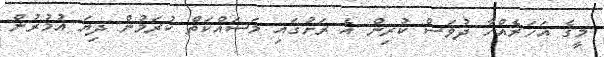
މީގެ އަހަރެއްހާ ދުވަސް ކުރިން އެ ރަށުގައި މަސައްކަތް ކުރަމުން ދިޔަ އުމުރުން